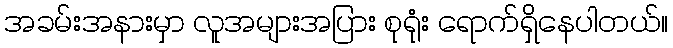
အခမ်းအနားမှာ လူအများအပြား စုရုံး ရောက်ရှိနေပါတယ်။